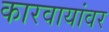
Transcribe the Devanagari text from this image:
कारवायांवर